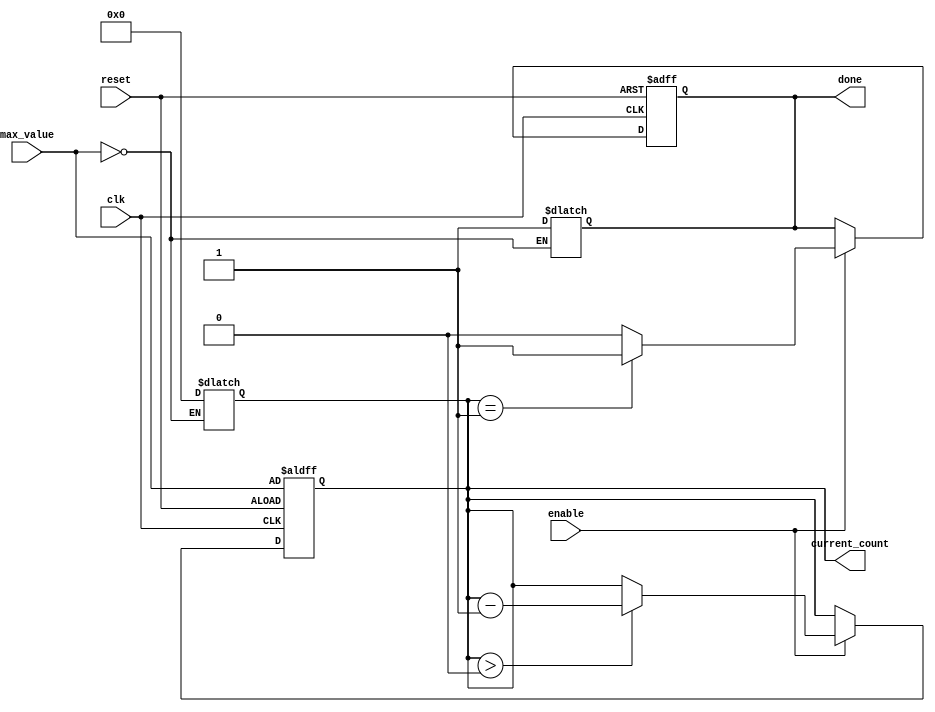
module decremental_counter (
    input wire clk,                // Clock signal
    input wire reset,              // Asynchronous reset signal
    input wire enable,             // Control signal to enable counting
    input wire [7:0] max_value,    // Maximum value for the counter
    output reg [7:0] current_count, // Current count value
    output reg done                // Done flag indicating counter has reached zero
);

    // Initial block to define behavior on reset
    always @(posedge clk or posedge reset) begin
        if (reset) begin
            // Reset current_count to max_value and done to 0
            current_count <= max_value;
            done <= 0;
        end else if (enable) begin
            if (current_count > 0) begin
                // Decrement the counter if it's greater than 0
                current_count <= current_count - 1;
            end
            
            // Assert done flag if current_count reaches zero
            if (current_count == 1) begin
                done <= 1;
            end else begin
                done <= 0;
            end
        end
    end

    // Handle case when max_value is set to zero
    always @(*) begin
        if (max_value == 0) begin
            current_count = 0;
            done = 1;
        end
    end

endmodule